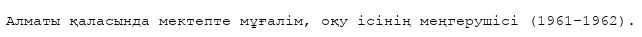
Алматы қаласында мектепте мұғалім, оқу ісінің меңгерушісі (1961–1962).